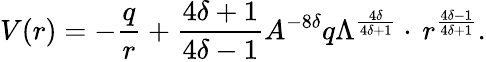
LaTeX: V(r)=-\frac{q}{r}+\frac{4\delta+1}{4\delta-1}A^{-8\delta}q\Lambda^{\frac{4\delta}{4\delta+1}}\cdot\, r^{\frac{4\delta-1}{4\delta+1}}.